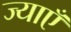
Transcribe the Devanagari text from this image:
ज्याएँ